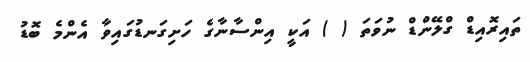
ތައިރޮއިޑް ގްލޭންޑް ނުވަތަ ( ) އަކީ އިންސާނާގެ ހަށިގަނޑުގައިވާ އެންމެ ބޮޑު